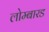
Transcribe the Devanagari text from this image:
लोम्बारड